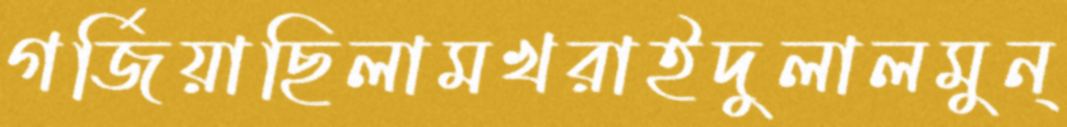
গর্জিয়াছিলামখরাইদুলালমুন্